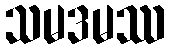
သမဒမဿ